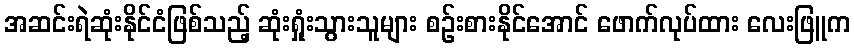
အဆင်းရဲဆုံးနိုင်ငံဖြစ်သည့် ဆုံးရှုံးသွားသူများ စဉ်းစားနိုင်အောင် ဖောက်လုပ်ထား လေးဖြူက